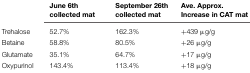
<table><thead><tr><td></td><td><b>June 6th collected mat</b></td><td><b>September 26th collected mat</b></td><td><b>Ave. Approx. Increase in CAT mat</b></td></tr></thead><tbody><tr><td>Trehalose</td><td>52.7%</td><td>162.3%</td><td>+439 μg/g</td></tr><tr><td>Betaine</td><td>58.8%</td><td>80.5%</td><td>+26 μg/g</td></tr><tr><td>Glutamate</td><td>35.1%</td><td>64.7%</td><td>+17 μg/g</td></tr><tr><td>Oxypurinol</td><td>143.4%</td><td>113.4%</td><td>+18 μg/g</td></tr></tbody></table>